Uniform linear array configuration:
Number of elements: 12
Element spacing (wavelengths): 0.5
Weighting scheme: kaiser
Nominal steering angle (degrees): -15
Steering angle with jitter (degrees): -15.881
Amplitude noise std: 0.05
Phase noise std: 0.05

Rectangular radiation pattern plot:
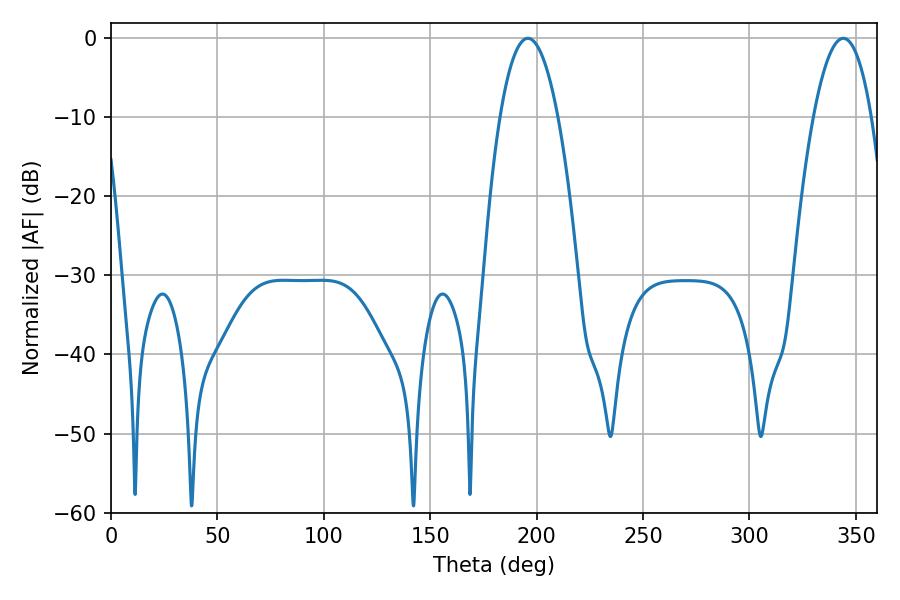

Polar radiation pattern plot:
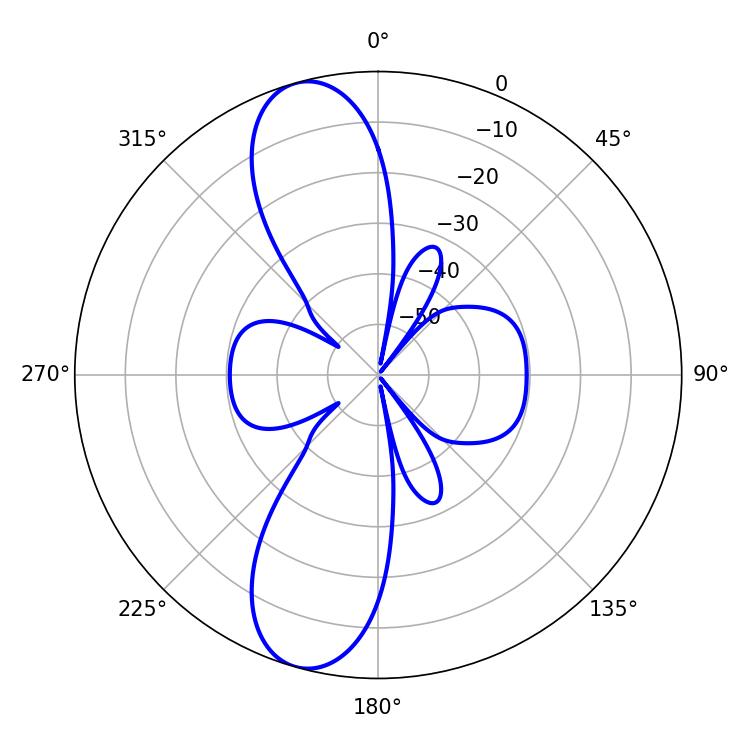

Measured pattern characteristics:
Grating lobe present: FALSE
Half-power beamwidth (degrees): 15.12
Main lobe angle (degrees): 195.84